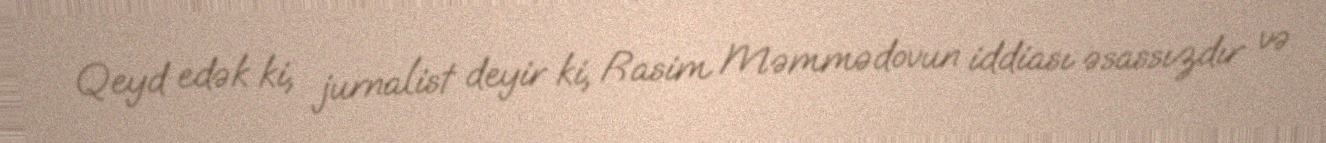
Qeyd edək ki, jurnalist deyir ki, Rasim Məmmədovun iddiası əsassızdır və